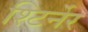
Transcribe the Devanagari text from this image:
श्टिर्नेर